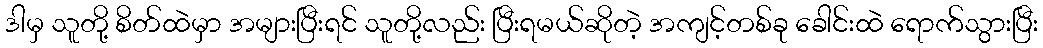
ဒါမှ သူတို့ စိတ်ထဲမှာ အများပြီးရင် သူတို့လည်း ပြီးရမယ်ဆိုတဲ့ အကျင့်တစ်ခု ခေါင်းထဲ ရောက်သွားပြီး